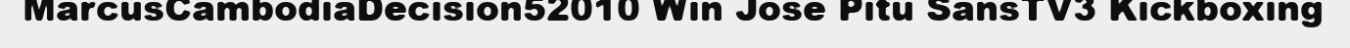
MarcusCambodiaDecision52010 Win Jose Pitu SansTV3 Kickboxing